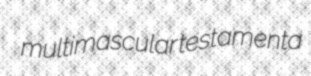
multimascular testamenta